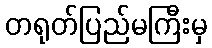
တရုတ်ပြည်မကြီးမှ